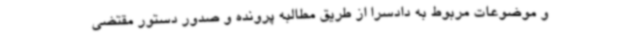
و موضوعات مربوط به دادسرا از طریق مطالبه پرونده و صدور دستور مقتضی